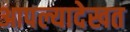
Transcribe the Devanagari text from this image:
आपल्यादेखत